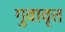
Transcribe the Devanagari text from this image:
गुवावृत्त